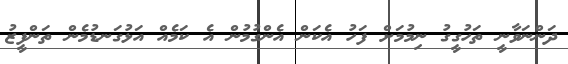
ދަންނަވާނީ ތަހުގީގު ނިމުމަށް ފަހު އެކަން އެންގުމުން އެ ކަމެއް އަޅުގަނޑުމެން ތަންފީޒު